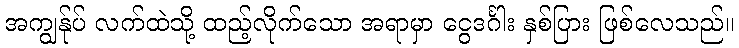
အကျွန်ုပ် လက်ထဲသို့ ထည့်လိုက်သော အရာမှာ ငွေဒင်္ဂါး နှစ်ပြား ဖြစ်လေသည်။